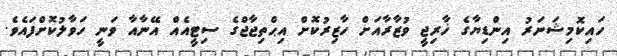
ހައިކޮމިޝަނަރު އިންޑިޔާގެ ޚާރިޖީ ވުޒާރާއަށް ހާޒިރުކޮށް އިޙްތިޖާޖްގެ ސިޓީއެއް އޭނާއާ ވަނީ ހަވާލުކޮށްފައެވެ.